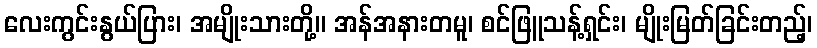
လေးကွင်းနွယ်ပြား၊ အမျိုးသားတို့။ အန်အနားတမူ၊ စင်ဖြူသန့်ရှင်း၊ မျိုးမြတ်ခြင်းတည့်၊